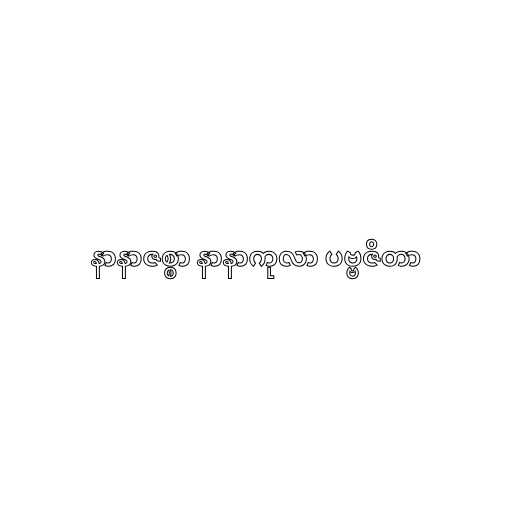
နာနာဇစ္စာ နာနာကုလာ ပဗ္ဗဇိတာ